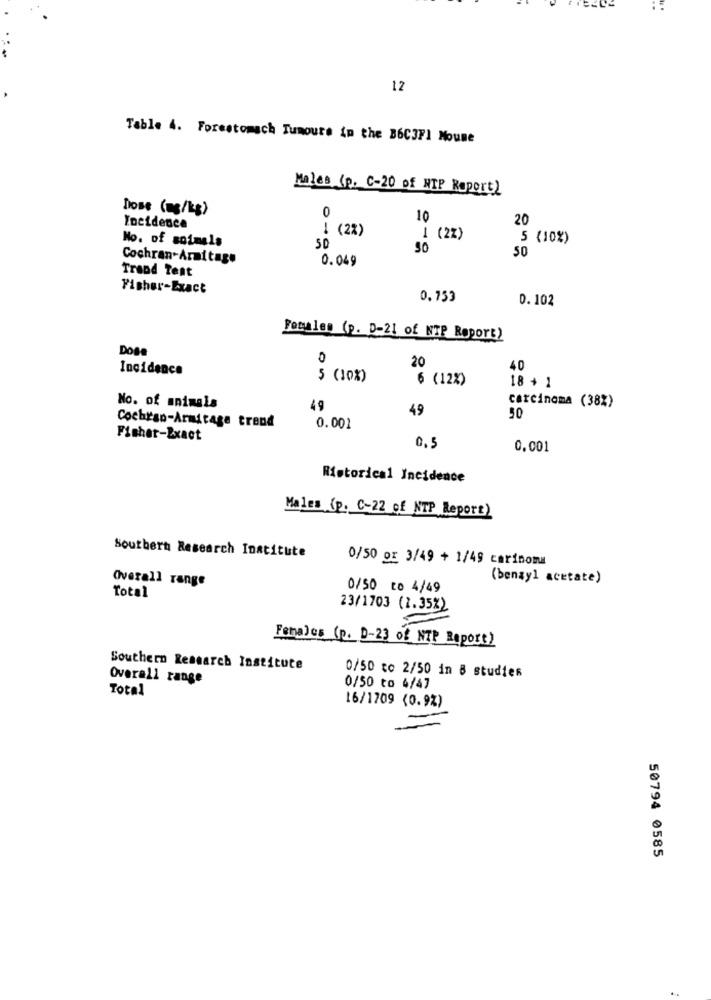
12
Table 4. Forestomach Tumours in the B6C3FI Moune
Males (p. C-20 of NTP Raport)
Dose (mg/kg)
0
10
20
Incidence
1 (2%)
No. of soimels
(22)
5 (10%)
50
50
50
Cochran-Armitage
0.049
Trend Test
Fisher-Exact
0.753
0.102
Focules (p. D-21 of NTP Report)
Dose
0
20
Incidence
40
5 (10%)
6 (12%)
18 + 1
No. of animals
49
49
carcinoma (38%)
50
Cochran-Armitage trend
0.001
Fisher-Exact
0.5
0.001
Ristorical Incidence
Males (p. C-22 of NTP Report)
Southern Research Institute
0/50 0x 3/49 + 1/49 carinoma
Overall range
(benzyl acetate)
0/50 to 4/49
Total
23/1703 (1.35%)
Females (p. D-23 of NIP Report)
Southern Research Institute
Overall range
0/50 to 2/50 in 8 studies
Total
0/50 to 4/47
16/1709 (0.9%)
50794 0585